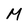
Character: M